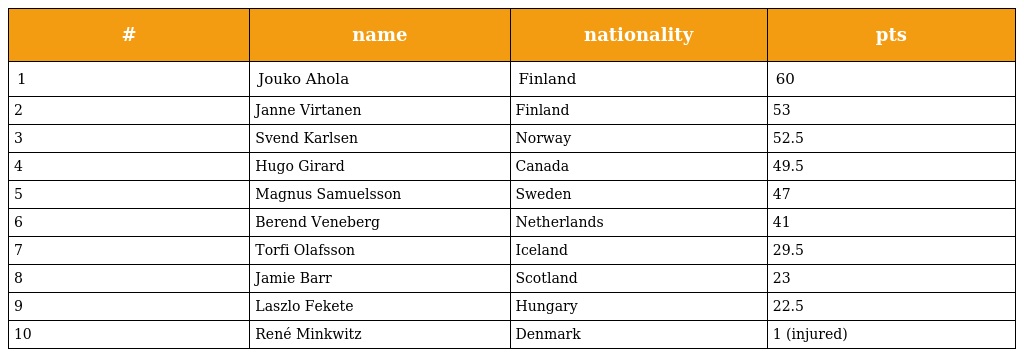
| # | name | nationality | pts |
 | --- | --- | --- | --- |
 | 1 | Jouko Ahola | Finland | 60 |
 | 2 | Janne Virtanen | Finland | 53 |
 | 3 | Svend Karlsen | Norway | 52.5 |
 | 4 | Hugo Girard | Canada | 49.5 |
 | 5 | Magnus Samuelsson | Sweden | 47 |
 | 6 | Berend Veneberg | Netherlands | 41 |
 | 7 | Torfi Olafsson | Iceland | 29.5 |
 | 8 | Jamie Barr | Scotland | 23 |
 | 9 | Laszlo Fekete | Hungary | 22.5 |
 | 10 | René Minkwitz | Denmark | 1 (injured) |